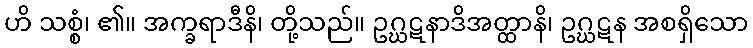
ဟိ သစ္စံ၊ ၏။ အက္ခရာဒီနိ၊ တို့သည်။ ဥဂ္ဃဋနာဒိအတ္ထာနိ၊ ဥဂ္ဃဋန အစရှိသော